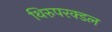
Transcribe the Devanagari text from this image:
थिरुपरक्डल